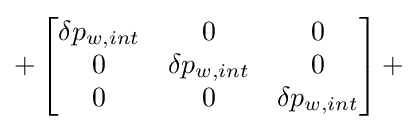
+\left[{\begin{matrix}{\delta p_{w,int}}&0&0\\0&{\delta p_{w,int}}&0\\0&0&{\delta p_{w,int}}\\\end{matrix}}\right]+